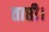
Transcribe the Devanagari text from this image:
ताप्ती।